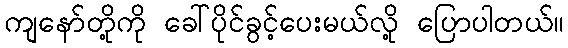
ကျနော်တို့ကို ခေါ်ပိုင်ခွင့်ပေးမယ်လို့ ပြောပါတယ်။